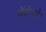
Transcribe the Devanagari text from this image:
ब्रेंटेनो